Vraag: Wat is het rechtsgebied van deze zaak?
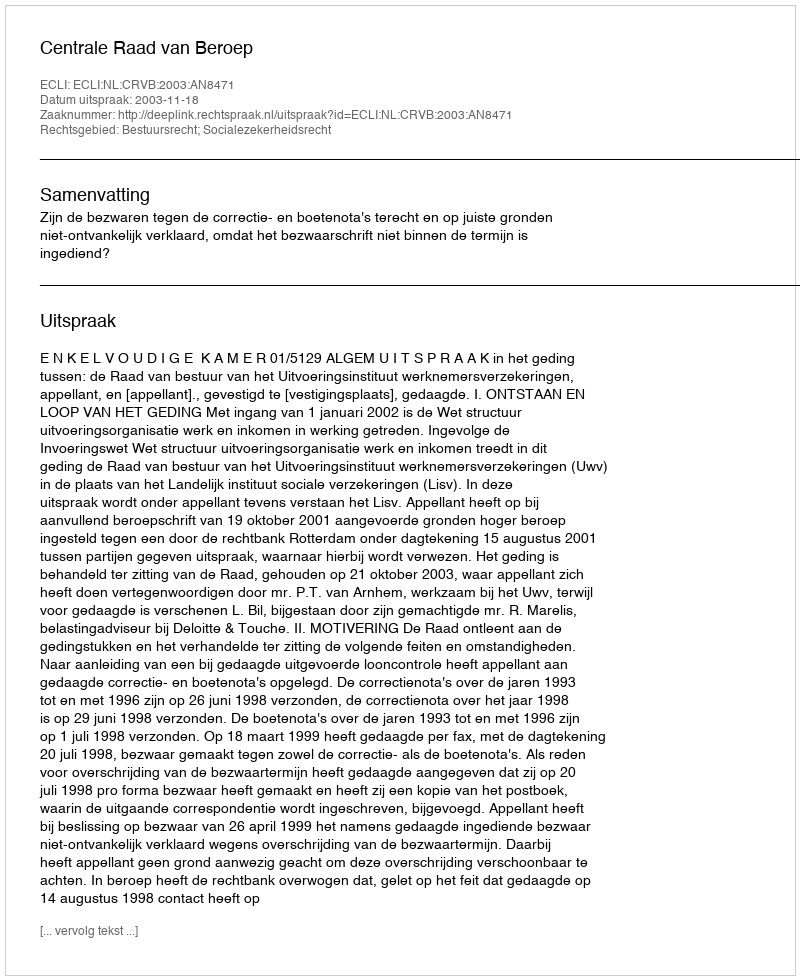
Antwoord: Bestuursrecht; Socialezekerheidsrecht